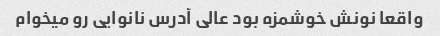
واقعا نونش خوشمزه بود عالی آدرس نانوایی رو میخوام